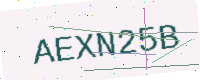
Text: AEXN25B